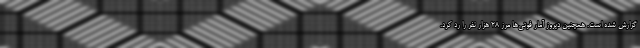
گزارش شده است. همچنین دیروز آمار فوتی‌ها مرز ۲۸ هزار نفر را رد کرد.